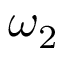
\omega _ { 2 }